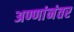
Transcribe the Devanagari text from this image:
अण्णांनंतर